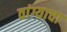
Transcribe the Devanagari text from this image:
वांग्याचा